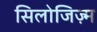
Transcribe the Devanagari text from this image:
सिलोजिज़्म